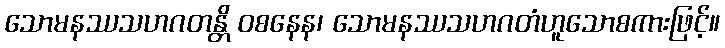
သောမနဿသဟဂတန္တိ ဝစနေန၊ သောမနဿသဟဂတံဟူသောစကားဖြင့်။